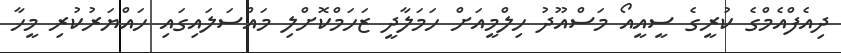
ދިއެފްއެމްގެ ކުރީގެ ސީއީއޯ މަސްއޫދު ހިލްމީއަށް ހަމަލާދީ ޒަހަމްކޮށްލި މައްސަލައިގައި ހައްޔަރުކުރި މީހާ